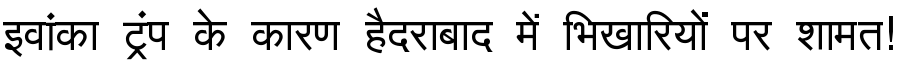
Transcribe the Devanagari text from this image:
इवांका ट्रंप के कारण हैदराबाद में भिखारियों पर शामत!